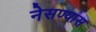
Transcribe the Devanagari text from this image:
नेसण्यास